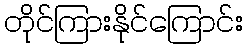
တိုင်ကြားနိုင်ကြောင်း